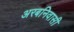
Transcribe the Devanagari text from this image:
अरबनिवासी